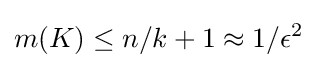
m(K)\leq n/k+1\approx 1/\epsilon ^{2}